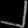
Digit: ၂